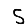
Digit: 5